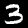
Digit: 3